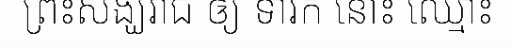
ព្រះសង្ឃរាជ ឲ្យ ទារក នោះ ឈ្មោះ